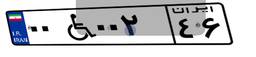
۰۹W۹۵۵۷۴